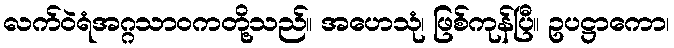
လက်ဝဲရံအဂ္ဂသာဝကတို့သည်။ အဟေသုံ၊ ဖြစ်ကုန်ပြီ။ ဥပဋ္ဌာကော၊